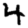
Digit: 4